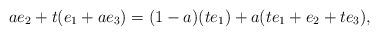
LaTeX: \begin{align*}ae_{2}+t(e_{1}+ae_{3})=(1-a)(te_{1})+a(te_{1}+e_{2}+te_{3}),\end{align*}